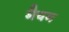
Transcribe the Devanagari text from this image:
मैयम